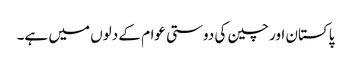
پاکستان اور چین کی دوستی عوام کے دلوں میں ہے۔